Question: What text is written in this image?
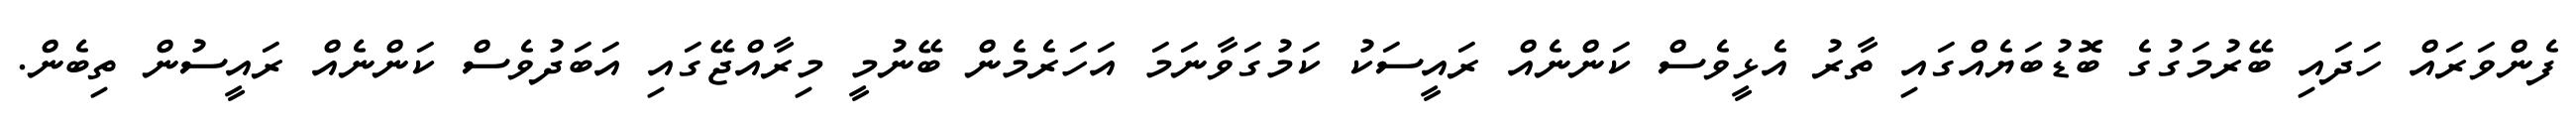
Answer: ފެންވަރައް ހަދައި ބޭރުމަގުގެ ބޮޑުބަޔެއްގައި ތާރު އެޅީވެސް ކަންނެއް ރައީސަކު ކަމުގަވާނަމަ އަހަރެމެން ބޭނުމީ މިރާއްޖޭގައި އަބަދުވެސް ކަންނެއް ރައީސުން ތިބެން.